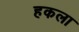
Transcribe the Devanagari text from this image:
हकला